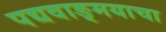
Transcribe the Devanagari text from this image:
पद्यवाङ्मयाचा